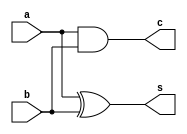
`timescale 1ns / 1ps
//////////////////////////////////////////////////////////////////////////////////
// Company: 
// Engineer: 
// 
// Design Name: 
// Module Name: half_adder_df
// Project Name: 
// Target Devices: 
// Tool Versions: 
// Description: 
// 
// Dependencies: 
// 
// Revision:
// Revision 0.01 - File Created
// Additional Comments:
// 
//////////////////////////////////////////////////////////////////////////////////


module half_adder_df(
input a,b,
output s,c);
assign s = a ^ b;
assign c = a & b;
endmodule